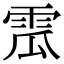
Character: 𩂡